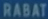
RABAT